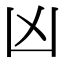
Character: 凶